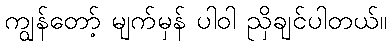
ကျွန်တော့် မျက်မှန် ပါဝါ ညှိချင်ပါတယ်။